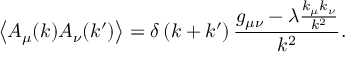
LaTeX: \left\langle A _ { \mu } ( k ) A _ { \nu } ( k ^ { \prime } ) \right\rangle = \delta \left( k + k ^ { \prime } \right) { \frac { g _ { \mu \nu } - \lambda { \frac { k _ { \mu } k _ { \nu } } { k ^ { 2 } } } } { k ^ { 2 } } } .